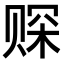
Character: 𫎩